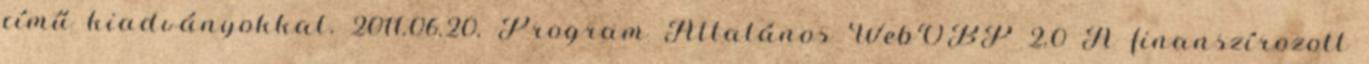
című kiadványokkal. 2011.06.20. Program Általános WebOBP 2.0 A finanszírozott